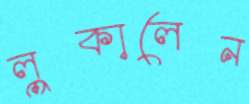
লুকালেন